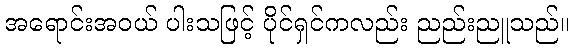
အရောင်းအဝယ် ပါးသဖြင့် ပိုင်ရှင်ကလည်း ညည်းညူသည်။